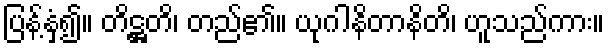
ပြန့်နှံ့၍။ တိဋ္ဌတိ၊ တည်၏။ ယုဂါနိတာနိတိ၊ ဟူသည်ကား။